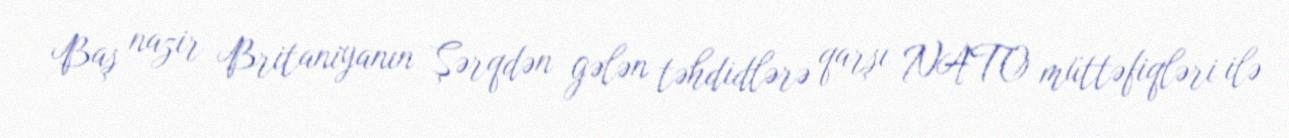
Baş nazir Britaniyanın Şərqdən gələn təhdidlərə qarşı NATO müttəfiqləri ilə